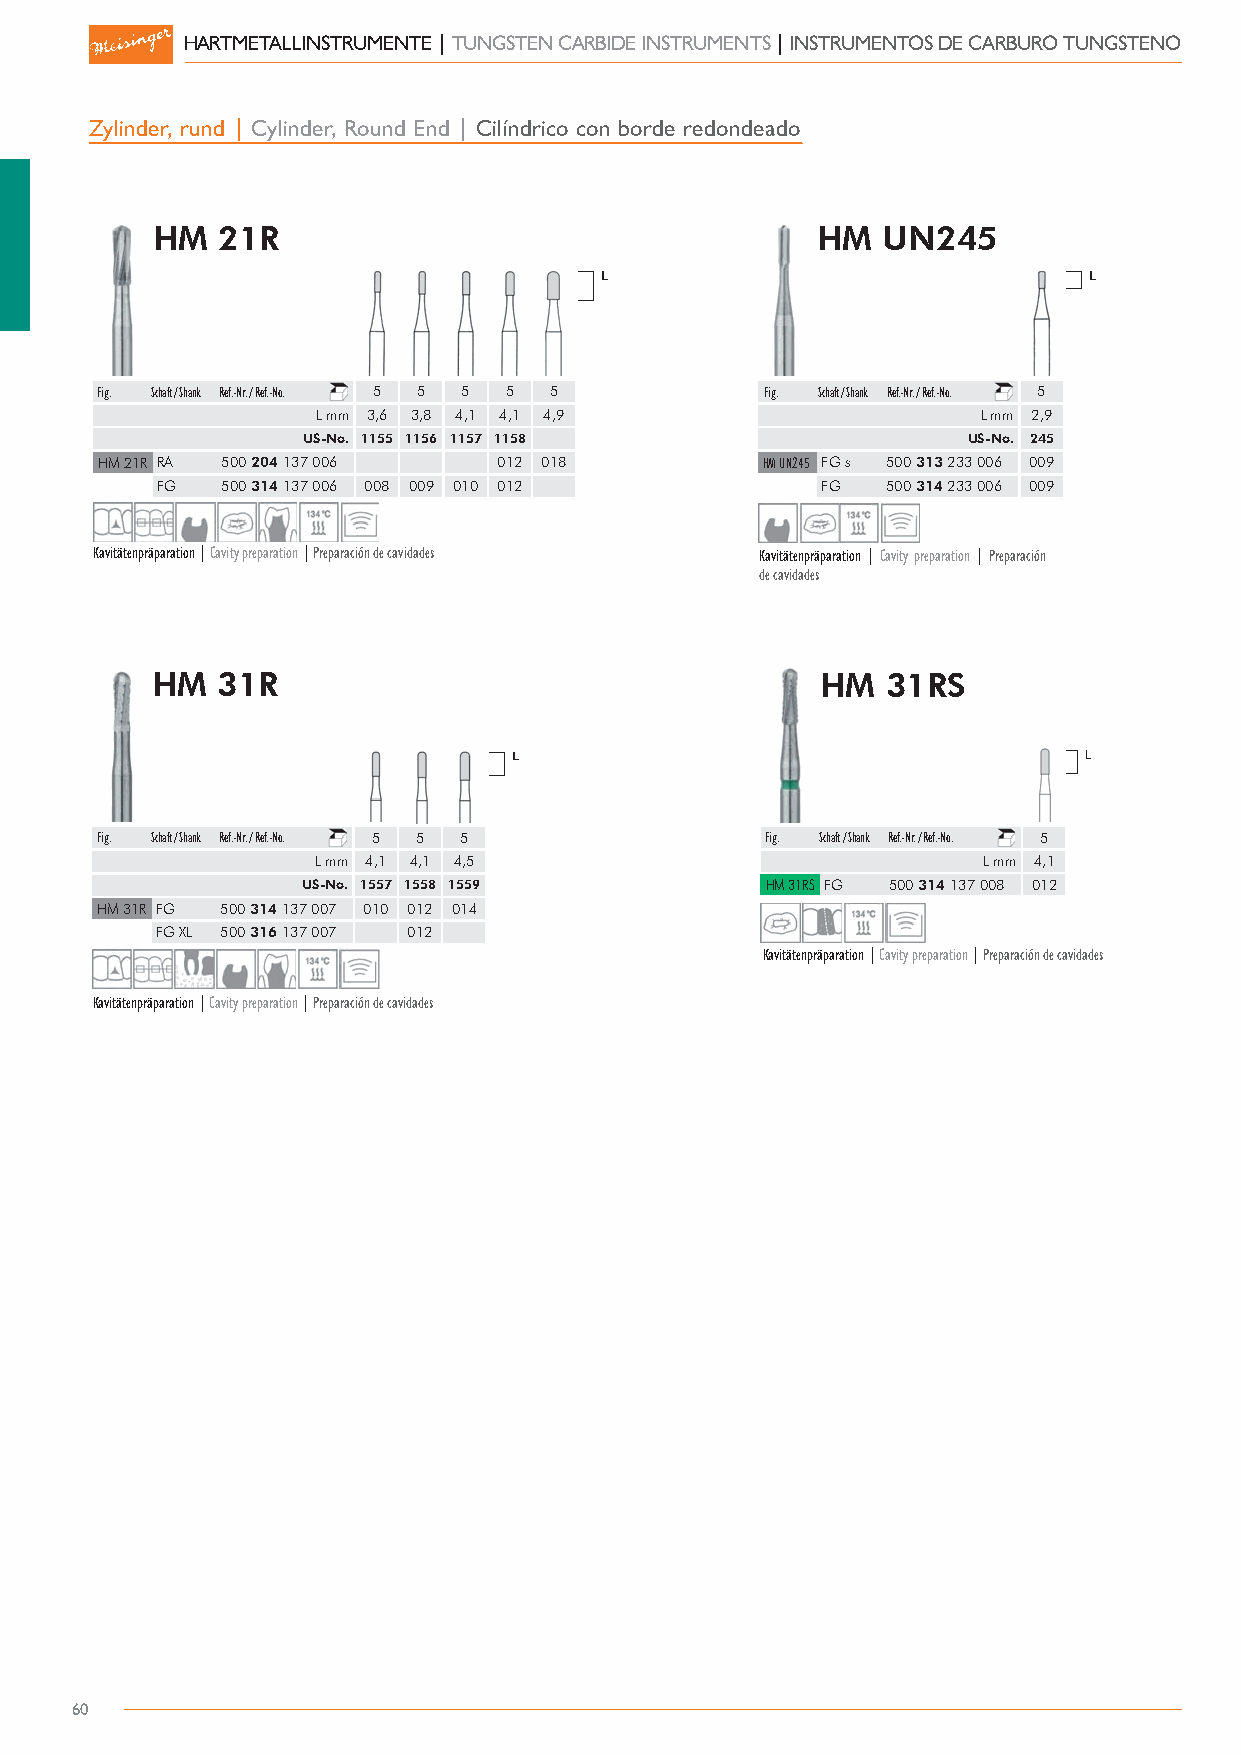
HARTMETALLINSTRUMENTE | TUNGSTEN CARBIDE INSTRUMENTS | INSTRUMENTOS DE CARBURO TUNGSTENO
 Zylinder, rund | Cylinder, Round End | Cilíndrico con borde redondeado
 HM  21R                                     HM  UN245
 Fig. Schaft / Shank Ref.-Nr. / Ref.-No. 5 5 5 5 5 Fig. Schaft / Shank Ref.-Nr. / Ref.-No. 5
 L mm 3,.6 3,.8 4,.1 4,.1 4,.9               L mm 2,.9
 US-No. 11.55 11.56 11.57 11.58 .            US-No. 24.5
 HM 21R RA 500 204 137 006  012 018          HM UN245 FG s 500 313 233 006 009
 FG   500 314 137 006 008 009 010 012        FG   500 314 233 006 009
 Kavitätenpräparation | Cavity preparation | Preparación de cavidades Kavitätenpräparation | Cavity preparation | Preparación
 de cavidades
 HM  31R                                     HM   31RS
 Fig. Schaft / Shank Ref.-Nr. / Ref.-No. 5 5 5 Fig. Schaft / Shank Ref.-Nr. / Ref.-No. 5
 L mm 4,.1 4,.1 4,.5                         L mm 4,.1
 US-No. 15.57 15.58 15.59       HM 31RS FG 500 314 137 008 012
 HM 31R FG 500 314 137 007 010 012 014
 FG XL 500 316 137 007 012
 Kavitätenpräparation | Cavity preparation | Preparación de cavidades
 Kavitätenpräparation | Cavity preparation | Preparación de cavidades
 60